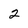
Character: 2